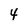
Character: 4